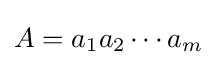
A=a_{1}a_{2}\cdots a_{m}